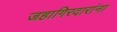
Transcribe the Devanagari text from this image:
जहागिरदारांना